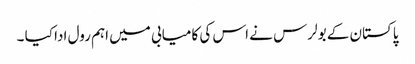
پاکستان کے بولرس نے اس کی کامیابی میں اہم رول ادا کیا ۔